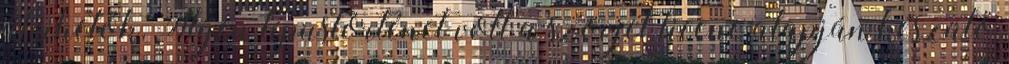
átvihetők. Ilyen típustörténet volt a szovjet licenc alapján készülő